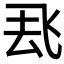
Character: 𮨶